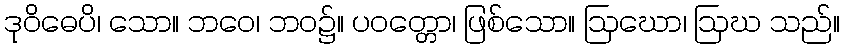
ဒုဝိဓေပိ၊ သော။ ဘဝေ၊ ဘဝ၌။ ပဝတ္တော၊ ဖြစ်သော။ ဩဃော၊ ဩဃ သည်။